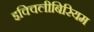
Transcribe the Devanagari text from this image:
इक्विलीबिरियम